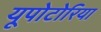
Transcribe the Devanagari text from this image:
यूपोटोरिया